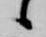
候